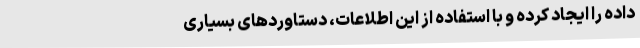
داده را ایجاد کرده و با استفاده از این اطلاعات، دستاوردهای بسیاری